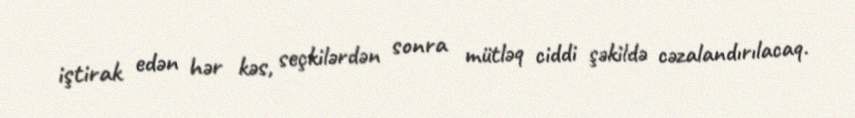
iştirak edən hər kəs, seçkilərdən sonra mütləq ciddi şəkildə cəzalandırılacaq.